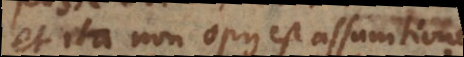
et ita non opus est assumtione